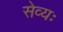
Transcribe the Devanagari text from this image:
सेव्यः